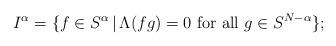
LaTeX: \begin{align*} I^\alpha =\{f\in S^\alpha \,\vert\, \Lambda(fg) = 0 \ \mbox{for all} \ g\in S^{N-\alpha }\}; \end{align*}